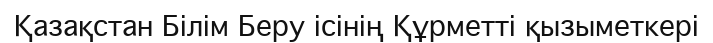
Қазақстан Білім Беру ісінің Құрметті қызыметкері